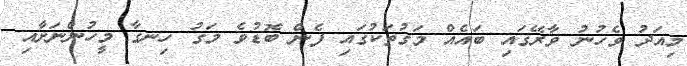
މިއަދު ވެހުނު ވާރޭގައި ބައެއް މަގުތަކުގައި ފެން ބޮޑުވެ މަގު ހިނގާ މީހުންނަށާއި